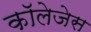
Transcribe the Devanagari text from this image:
काॅलेजेस